Vaccination in the Punjab 1883-1896 - 1883-1896
Year: 1883
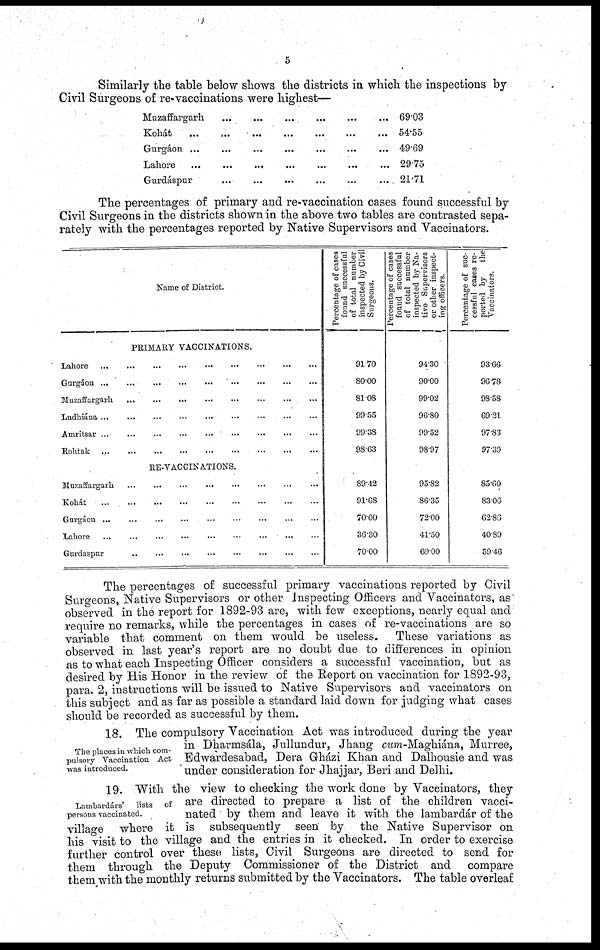
5
Similarly the table below shows the districts in which the inspections by
Civil Surgeons of re-vaccinations were highest—
Muzaffargarh
...
...
...
...
...
...
Kohát
...
...
...
...
...
...
...
Gurgáon ...
...
...
...
...
...
...
Lahore
...
...
...
...
...
...
...
Gurdáspur
...
...
...
...
...
...
69.03
54.55
49.69
29.75
21.71
The percentages of primary and re-vaccination cases found successful by
Civil Surgeons in the districts shown in the above two tables are contrasted sepa-
rately with the percentages reported by Native Supervisors and Vaccinators.
Name of District.
PRIMARY VACCINATIONS.
Lahore
...
...
...
...
...
...
...
...
...
Gurgáou ... ... ... ... ... ... ... ... ...
Muzaffargarh
...
...
...
...
...
...
...
...
Ludhiána ...
...
...
...
... ... ... ... ...
Amritsar ... ... ... ... ... ... ... ... ...
Rohtak
...
...
...
...
...
...
...
...
...
RE-VACCINATIONS.
Mnzaffargarh
...
...
...
...
...
...
...
...
Kohát
...
...
...
...
...
...
...
...
...
Gurgáon
...
...
...
...
...
...
...
...
...
Lahore ... ... ... ... ... ... ... ... ...
Gurdaspur
...
...
...
...
...
...
...
...
Percentage of cases
found successful
of total number
inspected by Civil
Surgeons.
91.70
80.00
81.08
99.55
99.38
98.63
89.42
91.68
70.00
36.30
70.00
Percentage of cases
found successful
of total number
inspected by Na-
tive Supervisors
or other inspect-
ing officers.
94.30
90.00
99.02
96.80
99.52
98.97
95.82
86.35
72.00
41.50
69.00
Percentage of suc-
cessful cases re-
ported by
the
Vaccinators.
93.66
96.78
98.58
69.21
97.83
97.39
85.60
83.06
62.86
40.89
59.46
The percentages of successful primary vaccinations reported by Civil
Surgeons, Native Supervisors or other Inspecting Officers and Vaccinators, as
observed in the report for 1892-93 are, with few exceptions, nearly equal and
require no remarks, while the percentages in cases of re-vaccinations are so
variable that comment on them would be useless. These variations as
observed in last year's report are no doubt due to differences in opinion
as to what each Inspecting Officer considers a successful vaccination, but as
desired by His Honor in the review of the Report on vaccination for 1892-93,
para. 2, instructions will be issued to Native Supervisors and vaccinators on
this subject and as far as possible a standard laid down for judging what cases
should be recorded as successful by them.
The places in which com-
pulsory Vaccination Act
was introduced.
18. The compulsory Vaccination Act was introduced during the year
in Dharmsála, Jullundur, Jhang cum-Maghiána, Murree,
Edwardesabad, Dera Gházi Khan and Dalhousie and was
under consideration for Jhajjar, Beri and Delhi.
Lambardárs'
lists of
persons vaccinated.
19. "With the view to checking the work done by Vaccinators, they
are directed to prepare a list of the children vacci-
nated by them and leave it with the lambardár of the
village where it is subsequently seen by the Native Supervisor on
his visit to the village and the entries in it checked. In order to exercise
further control over these lists, Civil Surgeons are directed to send for
them through the Deputy Commissioner of the District and compare
them with the monthly returns submitted by the Vaccinators. The table overleaf